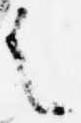
之